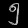
Digit: ၅